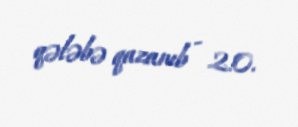
qələbə qazanıb - 2:0.